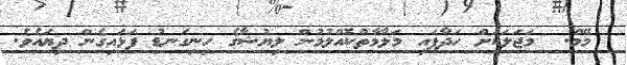
މޭމް.  މަޖަލަކަށް ހަދާފައި މަލާމާތްކޮއްލުމުން ލިޔުޝާގެ ހިނިގަނޑު ފަޅައިގެން ދިޔައެވެ.